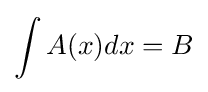
\int A(x)dx=B